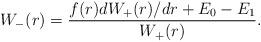
LaTeX: \begin{align*} W_-(r) = \frac{f(r) dW_+(r)/dr + E_0 - E_1}{W_+(r)}. \end{align*}